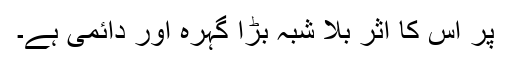
پر اس کا اثر بلا شبہ بڑا گہرہ اور دائمی ہے۔